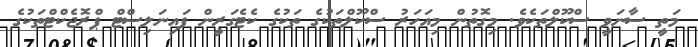
މަތީ ސާނަވީ ސްކޫލްތަކެވެ. މިގޮތުން މިއަހަރު ސްކޫލްތަކުގެ ތަކުގެ ކެޓެގަރީން ފައިނަލިސްޓް ޕްރޮޖެކްޓްތަކުގެ